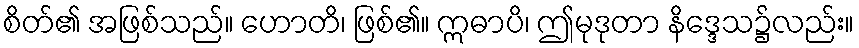
စိတ်၏ အဖြစ်သည်။ ဟောတိ၊ ဖြစ်၏။ ဣဓာပိ၊ ဤမုဒုတာ နိဒ္ဒေသ၌လည်း။